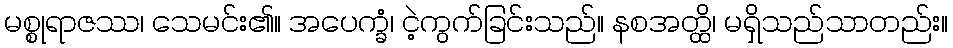
မစ္စုရာဇဿ၊ သေမင်း၏။ အပေက္ခံ၊ ငဲ့ကွက်ခြင်းသည်။ နစအတ္ထိ၊ မရှိသည်သာတည်း။